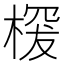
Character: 𣖒